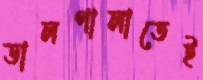
ডালপালাতেই